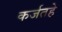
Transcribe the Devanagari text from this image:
कर्जतहे